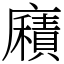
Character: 廭